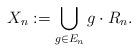
LaTeX: \begin{align*}X_n := \bigcup_{g \in E_n}g \cdot R_n.\end{align*}